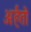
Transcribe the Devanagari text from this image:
अर्हतो